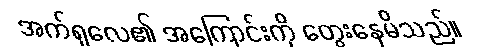
အက်ရှလေ၏ အကြောင်းကို တွေးနေမိသည်။